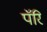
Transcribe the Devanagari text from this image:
पॅरि